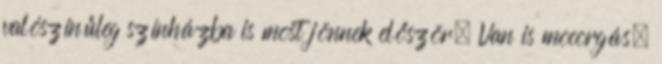
valószínűleg színházba is most jönnek először. Van is mocorgás,